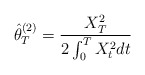
\begin{align*}\hat\theta_T^{(2)}=\frac{X_T^2}{2\int_0^TX_t^2dt}\end{align*}